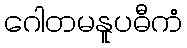
ဂေါတမနူပဓီကံ